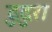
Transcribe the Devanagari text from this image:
दुदुरा